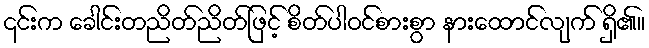
၎င်းက ခေါင်းတညိတ်ညိတ်ဖြင့် စိတ်ပါဝင်စားစွာ နားထောင်လျက် ရှိ၏။